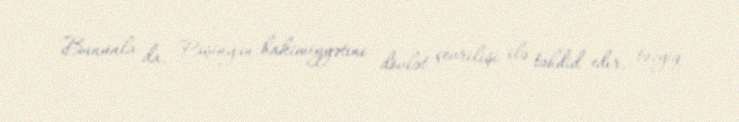
Bununla da, Paşinyan hakimiyyətini dövlət çevrilişi ilə təhdid edir, təzyiq